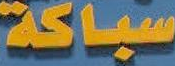
سباكة